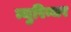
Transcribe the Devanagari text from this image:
न्युरिन्जर